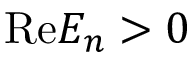
\mathrm { R e } E _ { n } > 0